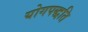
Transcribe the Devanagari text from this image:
योगपद्धति